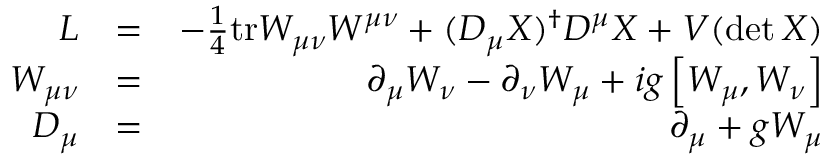
\begin{array} { r l r } { \cal { L } } & { = } & { - \frac { 1 } { 4 } \mathrm { t r } W _ { \mu \nu } W ^ { \mu \nu } + ( D _ { \mu } X ) ^ { \dagger } D ^ { \mu } X + V ( \operatorname* { d e t } X ) } \\ { W _ { \mu \nu } } & { = } & { \partial _ { \mu } W _ { \nu } - \partial _ { \nu } W _ { \mu } + i g \left[ W _ { \mu } , W _ { \nu } \right] } \\ { D _ { \mu } } & { = } & { \partial _ { \mu } + g W _ { \mu } } \end{array}